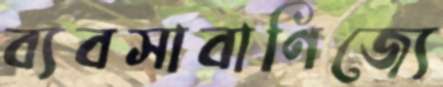
ব্যবসাবাণিজ্যে